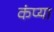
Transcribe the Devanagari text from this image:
कंप्या